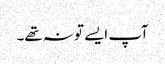
آپ ایسے تو نہ تھے۔